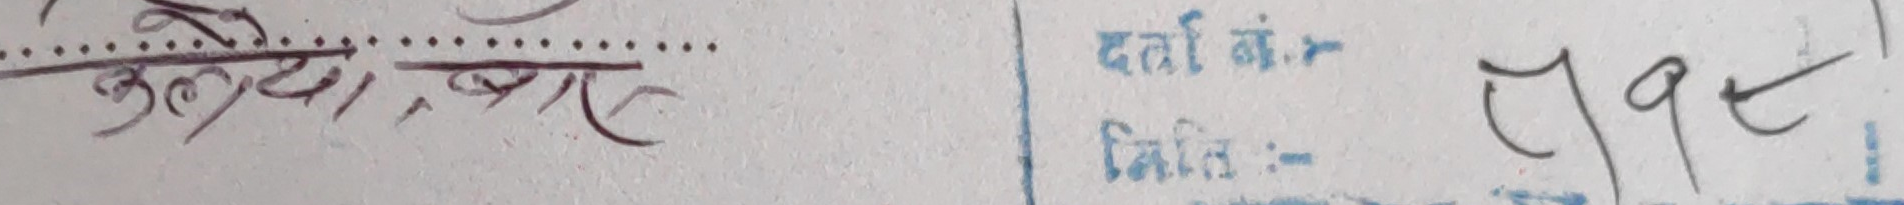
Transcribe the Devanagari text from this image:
कलेजे, का
दर्ता नं.:- १९८
मितिः-